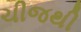
ચીજથી